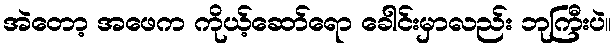
အဲတော့ အဖေက ကိုယ့်ဆော်ရော ခေါင်းမှာလည်း ဘုကြီးပဲ။